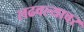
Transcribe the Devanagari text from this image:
लढवल्यावर